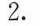
2.